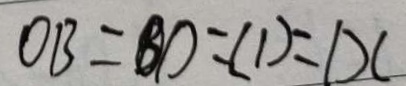
O B = B D = C D = D C